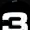
Digit: 3